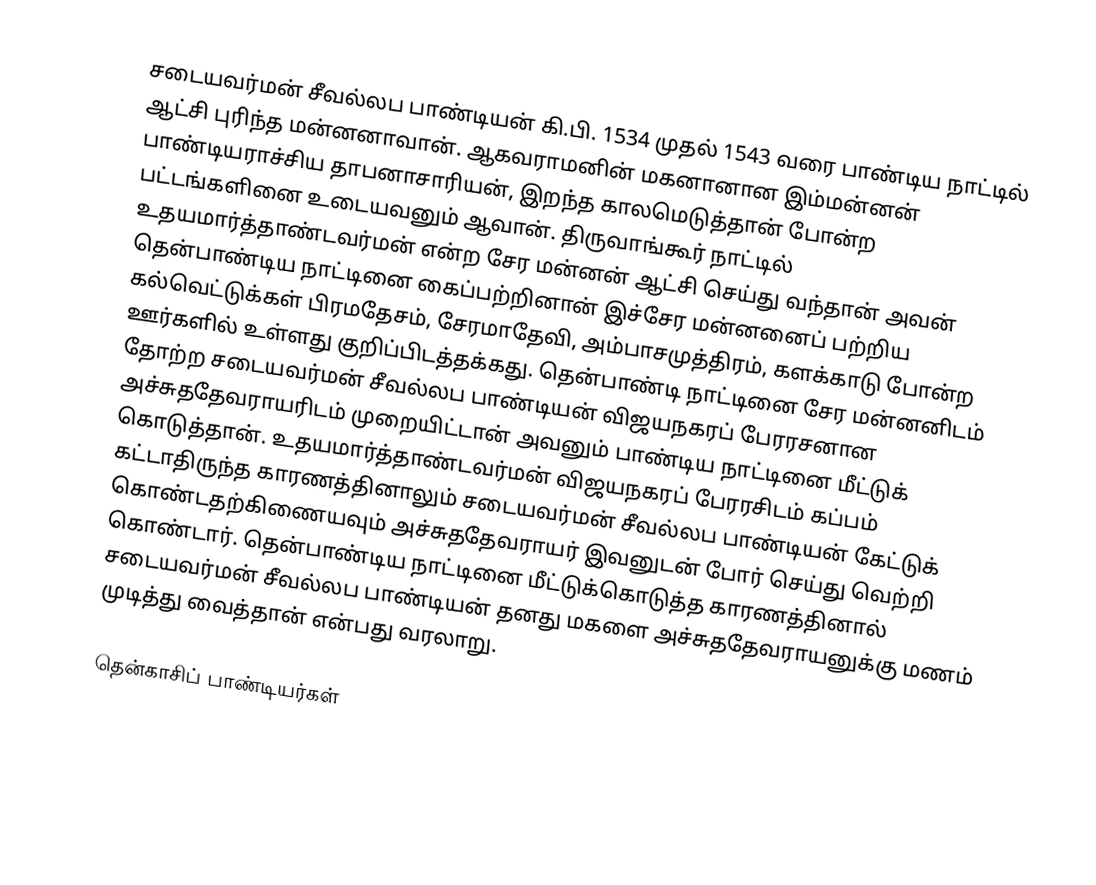
சடையவர்மன் சீவல்லப பாண்டியன் கி.பி. 1534 முதல் 1543 வரை பாண்டிய நாட்டில் ஆட்சி புரிந்த மன்னனாவான். ஆகவராமனின்  மகனானான இம்மன்னன் பாண்டியராச்சிய தாபனாசாரியன், இறந்த காலமெடுத்தான் போன்ற பட்டங்களினை உடையவனும் ஆவான். திருவாங்கூர் நாட்டில் உதயமார்த்தாண்டவர்மன் என்ற சேர மன்னன் ஆட்சி செய்து வந்தான் அவன் தென்பாண்டிய நாட்டினை கைப்பற்றினான் இச்சேர மன்னனைப் பற்றிய கல்வெட்டுக்கள் பிரமதேசம், சேரமாதேவி, அம்பாசமுத்திரம், களக்காடு போன்ற ஊர்களில் உள்ளது குறிப்பிடத்தக்கது. தென்பாண்டி நாட்டினை சேர மன்னனிடம் தோற்ற சடையவர்மன் சீவல்லப பாண்டியன் விஜயநகரப் பேரரசனான அச்சுததேவராயரிடம் முறையிட்டான் அவனும் பாண்டிய நாட்டினை மீட்டுக் கொடுத்தான். உதயமார்த்தாண்டவர்மன் விஜயநகரப் பேரரசிடம் கப்பம் கட்டாதிருந்த காரணத்தினாலும் சடையவர்மன் சீவல்லப பாண்டியன் கேட்டுக் கொண்டதற்கிணையவும் அச்சுததேவராயர் இவனுடன் போர் செய்து வெற்றி கொண்டார். தென்பாண்டிய நாட்டினை மீட்டுக்கொடுத்த காரணத்தினால் சடையவர்மன் சீவல்லப பாண்டியன் தனது மகளை அச்சுததேவராயனுக்கு மணம் முடித்து வைத்தான் என்பது வரலாறு.

தென்காசிப் பாண்டியர்கள்